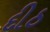
દીઠ